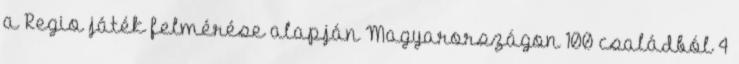
a Regio játék felmérése alapján Magyarországon 100 családból 4